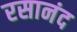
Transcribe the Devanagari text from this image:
रसानंद